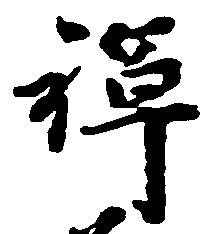
禅